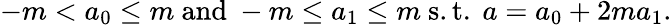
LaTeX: -m<a_{0}\leq m{\mathrm{~and~}}-m\leq a_{1}\leq m{\mathrm{~s.t.~}}a=a_{0}+2ma_{1}.